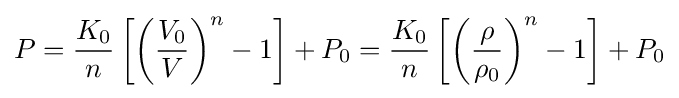
P={\frac {K_{0}}{n}}\left[\left({\frac {V_{0}}{V}}\right)^{n}-1\right]+P_{0}={\frac {K_{0}}{n}}\left[\left({\frac {\rho }{\rho _{0}}}\right)^{n}-1\right]+P_{0}